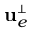
{ \bf u } _ { e } ^ { \scriptscriptstyle \perp }